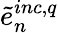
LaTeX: \tilde{e}_{n}^{inc,q}